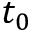
t _ { 0 }